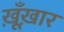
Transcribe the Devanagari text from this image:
ख़ूँख़ार